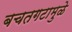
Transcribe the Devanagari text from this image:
बचतगटामुळे